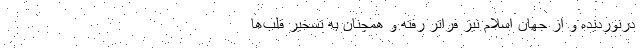
درنوردیده و از جهان اسلام نیز فراتر رفته و همچنان به تسخیر قلب‌ها